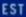
EST